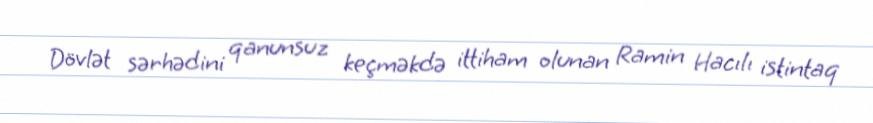
Dövlət sərhədini qanunsuz keçməkdə ittiham olunan Ramin Hacılı istintaq